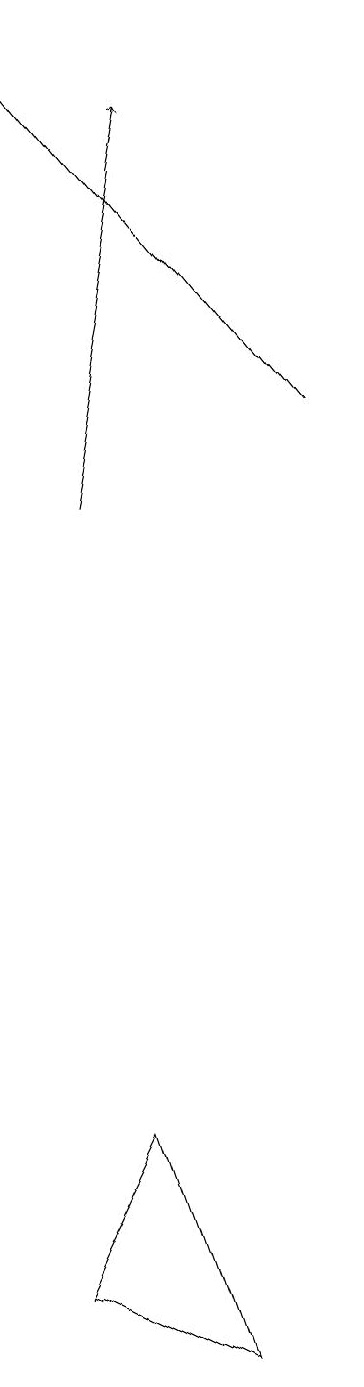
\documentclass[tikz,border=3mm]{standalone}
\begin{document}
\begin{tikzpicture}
\draw[->] (8,13) -- (4,18);
\draw[->] (5,12) -- (6,17);
\draw (6,1) -- (4,2) -- (5,4) -- cycle;
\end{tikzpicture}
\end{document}